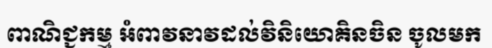
ពាណិជ្ជកម្ម អំពាវនាវដល់វិនិយោគិនចិន ចូលមក